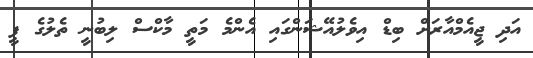
އަދި ޖީއެމްއާރަށް ބިޑް އިވެލުއޭޝަންގައި އެންމެ މަތީ މާކްސް ލިބުނީ ތެލުގެ ފީ